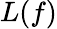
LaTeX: L(f)